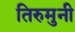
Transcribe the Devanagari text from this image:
तिरुमुनी